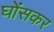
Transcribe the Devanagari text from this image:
घोंसकर